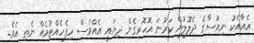
އެއާއެކު ނިއުސާގެ ދެލޮލުން ކަރުނަ އޮހޮރިގެން ދިޔައީ އެއްވެސް ހިފެހެއްޓުމެއް ނެތި އެވެ.